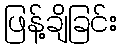
ဖြန့်ချိခြင်း